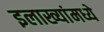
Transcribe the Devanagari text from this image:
इलाख्यांमध्ये